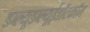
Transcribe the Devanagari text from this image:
डब्ल्यूडब्ल्यूईडॉटकॉम